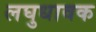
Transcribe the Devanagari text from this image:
लघुधावक